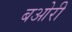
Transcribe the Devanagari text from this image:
बओरी